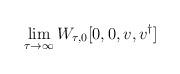
LaTeX: \begin{align*}\lim _{\tau \rightarrow \infty }W_{\tau ,0}[0,0,{v},{v}^{\dagger }]\end{align*}